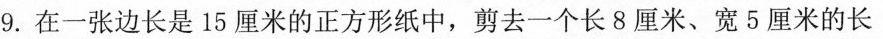
9.在一张边长是15厘米的正方形纸中，剪去一个长8厘米、宽5厘米的